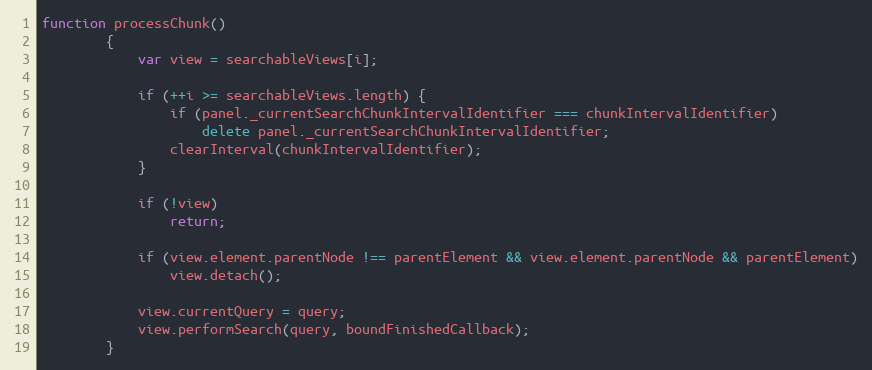
Language: JavaScript
function processChunk()
        {
            var view = searchableViews[i];

            if (++i >= searchableViews.length) {
                if (panel._currentSearchChunkIntervalIdentifier === chunkIntervalIdentifier)
                    delete panel._currentSearchChunkIntervalIdentifier;
                clearInterval(chunkIntervalIdentifier);
            }

            if (!view)
                return;

            if (view.element.parentNode !== parentElement && view.element.parentNode && parentElement)
                view.detach();

            view.currentQuery = query;
            view.performSearch(query, boundFinishedCallback);
        }